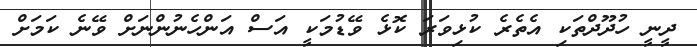
ދީނީ ހުދޫދްތަކި އެތެރެ ކުޅިވަރަ ކޮޅެ ވޭޑުމަކީ އަސް އަންހެނުންނަށް ވޭނެ ކަމަށް